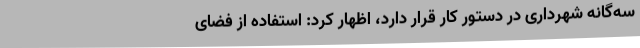
سه‌گانه شهرداری در دستور کار قرار دارد، اظهار کرد: استفاده از فضای